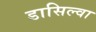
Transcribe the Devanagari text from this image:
डासिल्वा